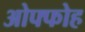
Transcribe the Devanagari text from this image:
ओफ्फोह